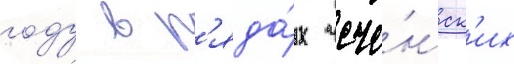
году в р'яда́х чече́нск'их